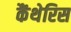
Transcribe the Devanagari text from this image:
कैंथेरिस